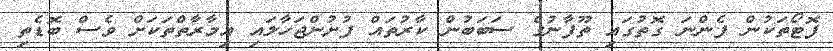
ފޮޓޯތަކުން ފެންނަ ގޮތުގައި ތޫފާނުގެ ސަބަބުން ކާރުތައް ފުށުންޖަހާލައި އިމާރާތްތަކަށް ވެސް ބޮޑެތި